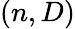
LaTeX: (n,D)